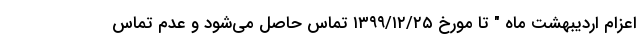
اعزام اردیبهشت ماه " تا مورخ ۱۳۹۹/۱۲/۲۵ تماس حاصل می‌شود و عدم تماس